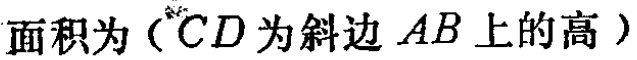
面积为（\(CD\)为斜边\(AB\)上的高）